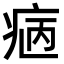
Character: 𤵿